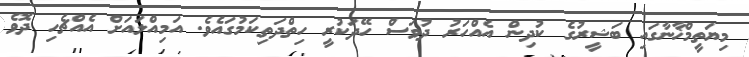
މިޔަތީމްޚާނާގައި ބަޝީރުގެ ކުދިން އެއްހަރު ދުވަސް ހޭދަކުރީ ހިތްދަތިކަމުގައެވެ. އަމިއްލައަށް އެއްޗެހި ދޮވެ